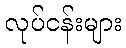
လုပ်ငန်းများ